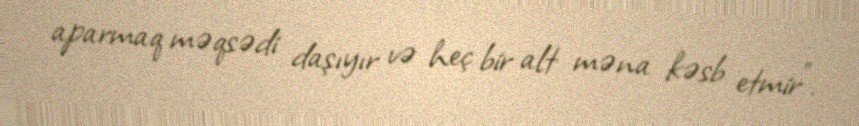
aparmaq məqsədi daşıyır və heç bir alt məna kəsb etmir".